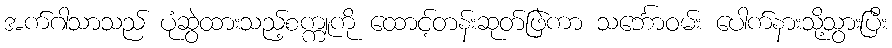
အက်ဂါသာသည် ပုံဆွဲထားသည့်စက္ကူကို ထောင့်တန်းဆုတ်ဖြဲကာ သင်္ဘောဝမ်း ပေါက်နားသို့သွားပြီး